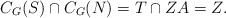
\begin{align*}C_G(S)\cap C_G(N) = T\cap ZA = Z. \end{align*}